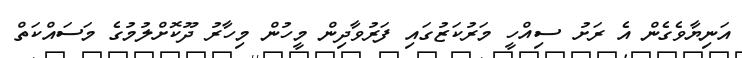
އަނިޔާވެގެން އެ ރަށު ސިއްހީ މަރުކަޒުގައި ފަރުވާދިން މީހުން މިހާރު ދޫކޮށްލުމުގެ މަސައްކަތް